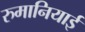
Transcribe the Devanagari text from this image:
रुमानियाई